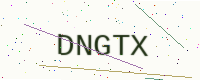
Text: DNGTX